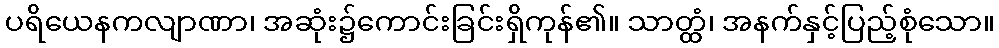
ပရိယေနကလျာဏာ၊ အဆုံး၌ကောင်းခြင်းရှိကုန်၏။ သာတ္ထံ၊ အနက်နှင့်ပြည့်စုံသော။